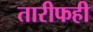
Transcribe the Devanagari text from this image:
तारीफही